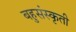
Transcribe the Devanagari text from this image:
बहुसंस्कृती